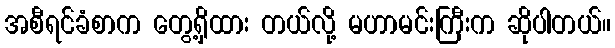
အစီရင်ခံစာက တွေ့ရှိထား တယ်လို့ မဟာမင်းကြီးက ဆိုပါတယ်။